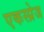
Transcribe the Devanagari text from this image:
एकस्प्रेज